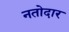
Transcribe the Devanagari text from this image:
नतोदार